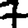
Digit: 7